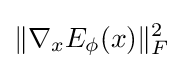
\|\nabla _{x}E_{\phi }(x)\|_{F}^{2}